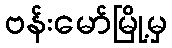
ဗန်းမော်မြို့မှ